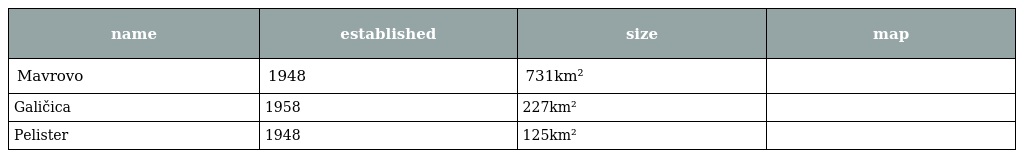
| name | established | size | map |
 | --- | --- | --- | --- |
 | Mavrovo | 1948 | 731km² |  |
 | Galičica | 1958 | 227km² |  |
 | Pelister | 1948 | 125km² |  |